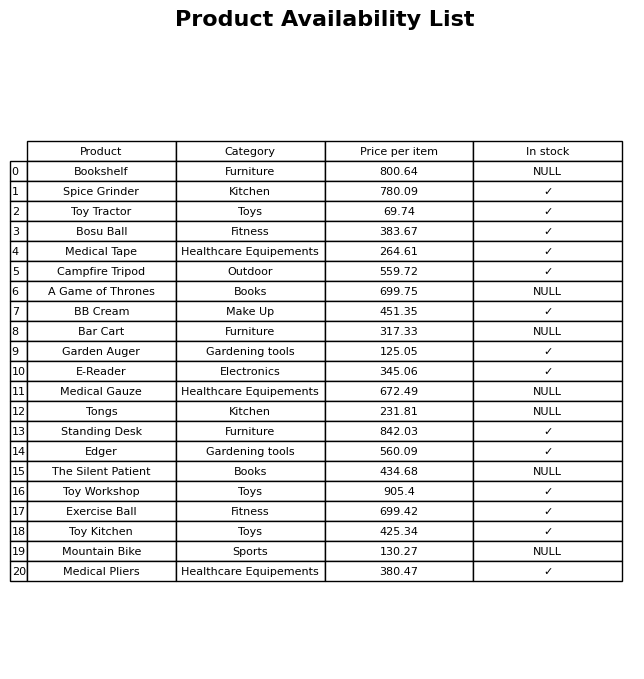
question: What is the stock status of the Bookshelf?
answer: NULL